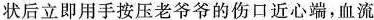
状后立即用手按压老爷爷的伤口近心端，血流